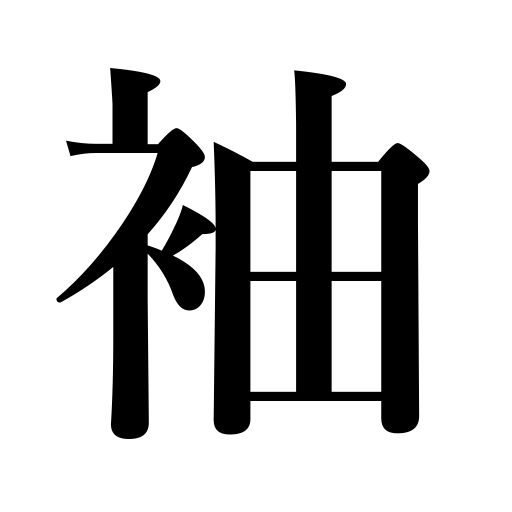
Meanings: wingof a building,sleeve,extensionof a table,sleeve pocket